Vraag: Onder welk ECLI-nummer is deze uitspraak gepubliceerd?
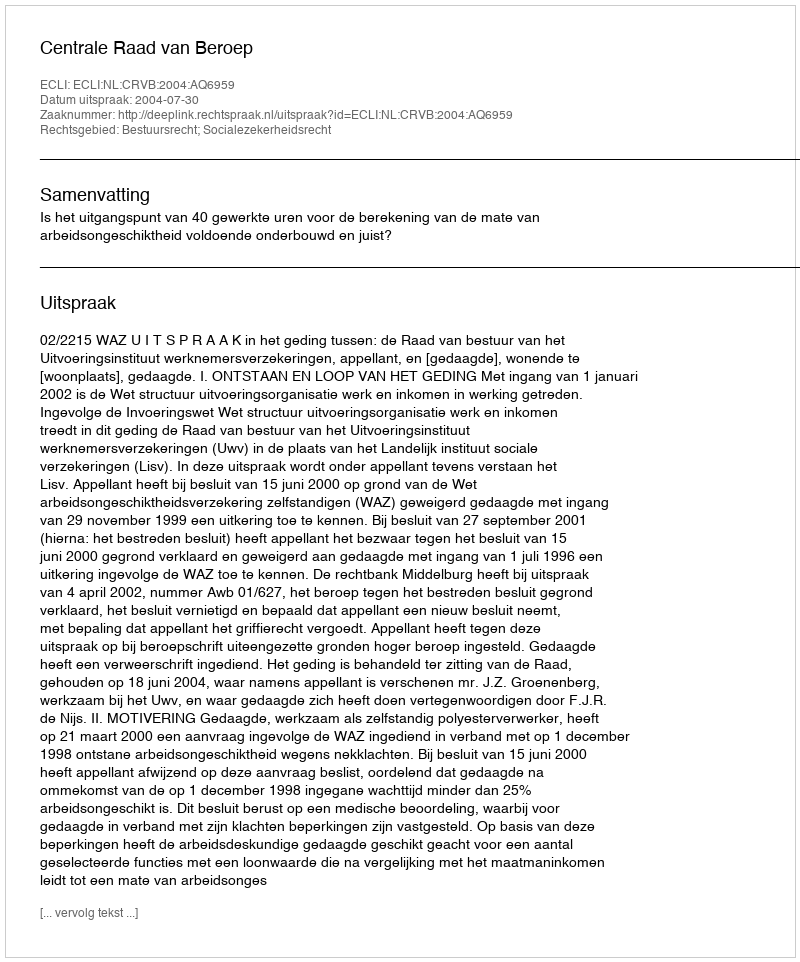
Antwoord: ECLI:NL:CRVB:2004:AQ6959